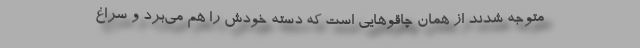
متوجه شدند از همان چاقوهایی است که دسته خودش را هم می‌برد و سراغ